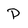
Character: P